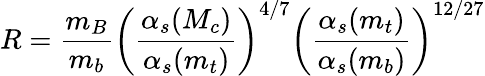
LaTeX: R=\frac{m_{B}}{m_{b}}\left(\frac{\alpha_{s}(M_{c})}{\alpha_{s}(m_{t})}\right)^{4/7}\left(\frac{\alpha_{s}(m_{t})}{\alpha_{s}(m_{b})}\right)^{12/27}